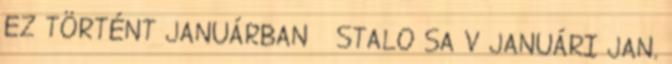
EZ TÖRTÉNT JANUÁRBAN STALO SA V JANUÁRI JAN.